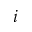
i